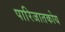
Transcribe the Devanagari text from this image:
पारिजातकोय